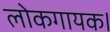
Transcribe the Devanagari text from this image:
लोकगायक।